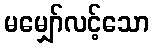
မမျှော်လင့်သော